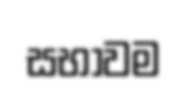
සභාවම